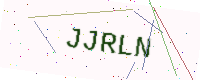
Text: JJRLN